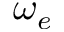
\omega _ { e }